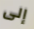
إلى